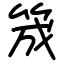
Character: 筬